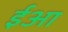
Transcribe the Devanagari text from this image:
ईआ